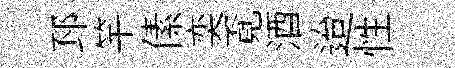
邳竿傃奕覔酒迨性